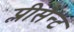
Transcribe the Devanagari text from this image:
प्लीसैन्ट